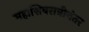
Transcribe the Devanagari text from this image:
महाशिवरात्रीनंतर